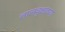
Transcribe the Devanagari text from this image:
तालवृक्षाच्या